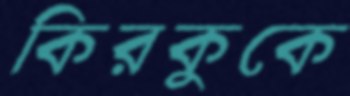
কিরকুকে